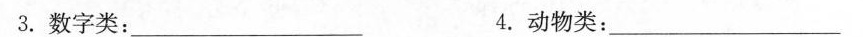
3.数字类: \underline4.动物类\underline